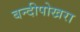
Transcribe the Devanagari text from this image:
बन्दीपोखरा